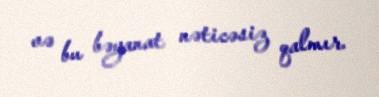
və bu bəyanat nəticəsiz qalmır.